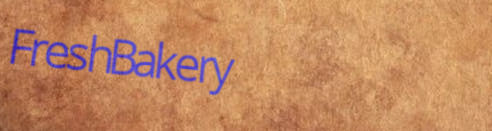
FreshBakery